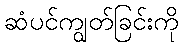
ဆံပင်ကျွတ်ခြင်းကို